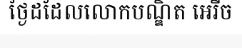
ថ្ងៃដដែលលោកបណ្ឌិត អេរីច